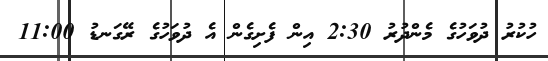
ހުކުރު ދުވަހުގެ މެންދުރު 2:30 އިން ފެށިގެން އެ ދުވަހުގެ ރޭގަނޑު 11:00